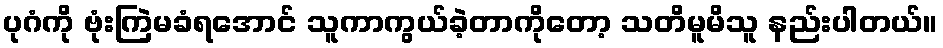
ပုဂံကို ဗုံးကြဲမခံရအောင် သူကာကွယ်ခဲ့တာကိုတော့ သတိမူမိသူ နည်းပါတယ်။